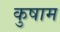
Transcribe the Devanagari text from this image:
कुषाम